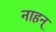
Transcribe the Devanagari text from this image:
नाहन्